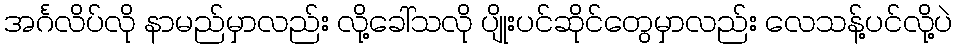
အင်္ဂလိပ်လို နာမည်မှာလည်း လို့ခေါ်သလို ပျိုးပင်ဆိုင်တွေမှာလည်း လေသန့်ပင်လို့ပဲ